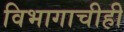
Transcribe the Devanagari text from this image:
विभागाचीही